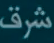
شرف